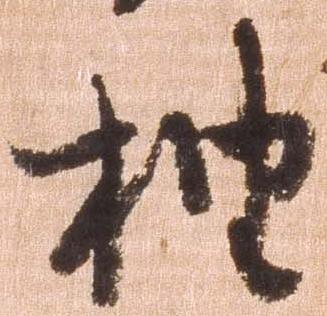
抽